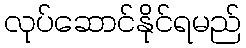
လုပ်ဆောင်နိုင်ရမည်